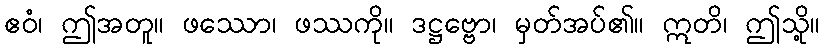
ဧဝံ၊ ဤအတူ။ ဖဿော၊ ဖဿကို။ ဒဋ္ဌဗ္ဗော၊ မှတ်အပ်၏။ ဣတိ၊ ဤသို့။